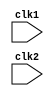
module pipe_MIPS32 (clk1, clk2); 
 input clk1, clk2; // Two-phase clock 
 reg [31:0] PC, IF_ID_IR, IF_ID_NPC; 
 reg [31:0] ID_EX_IR, ID_EX_NPC, ID_EX_A, ID_EX_B, ID_EX_Imm; 
 reg [2:0] ID_EX_type, EX_MEM_type, MEM_WB_type; 
 reg [31:0] EX_MEM_IR, EX_MEM_ALUOut, EX_MEM_B; 
 reg EX_MEM_cond; 
 reg [31:0] MEM_WB_IR, MEM_WB_ALUOut, MEM_WB_LMD; 
 reg [31:0] Reg [0:31]; // Register bank (32 x 32) 
 reg [31:0] Mem [0:1023]; // 1024 x 32 memory

 parameter ADD=6'b000000, SUB=6'b000001, AND=6'b000010, OR=6'b000011, 
 SLT=6'b000100, MUL=6'b000101, HLT=6'b111111, LW=6'b001000, 
 SW=6'b001001, ADDI=6'b001010, SUBI=6'b001011,SLTI=6'b001100, 
 BNEQZ=6'b001101, BEQZ=6'b001110;

parameter RR_ALU=3'b000, RM_ALU=3'b001, LOAD=3'b010, STORE=3'b011, 
 BRANCH=3'b100, HALT=3'b101;
 
 reg HALTED; 
 // Set after HLT instruction is completed (in WB stage)
 
 reg TAKEN_BRANCH; 
// Required to disable instructions after branch

always @(posedge clk1) // IF Stage 
 if (HALTED == 0) 
 begin 
 if (((EX_MEM_IR[31:26] == BEQZ) && (EX_MEM_cond == 1)) || 
 ((EX_MEM_IR[31:26] == BNEQZ) && (EX_MEM_cond == 0))) 
 begin 
 IF_ID_IR <= #2 Mem[EX_MEM_ALUOut]; 
 TAKEN_BRANCH <= #2 1'b1; 
 IF_ID_NPC <= #2 EX_MEM_ALUOut + 1; 
 PC <= #2 EX_MEM_ALUOut + 1; 
 end
 else 
 begin 
 IF_ID_IR <= #2 Mem[PC]; 
 IF_ID_NPC <= #2 PC + 1; 
 PC <= #2 PC + 1; 
 end 
 end


always @(posedge clk2) // ID Stage 
 if (HALTED == 0) 
 begin 
 if (IF_ID_IR[25:21] == 5'b00000) ID_EX_A <= 0; 
 else ID_EX_A <= #2 Reg[IF_ID_IR[25:21]]; // "rs" 
 if (IF_ID_IR[20:16] == 5'b00000) ID_EX_B <= 0; 
 else ID_EX_B <= #2 Reg[IF_ID_IR[20:16]]; // "rt" 
 ID_EX_NPC <= #2 IF_ID_NPC; 
 ID_EX_IR <= #2 IF_ID_IR; 
 ID_EX_Imm <= #2 {{16{IF_ID_IR[15]}}, {IF_ID_IR[15:0]}};

case (IF_ID_IR[31:26]) 
 ADD,SUB,AND,OR,SLT,MUL: ID_EX_type <= #2 RR_ALU; 
 ADDI,SUBI,SLTI: ID_EX_type <= #2 RM_ALU; 
 LW: ID_EX_type <= #2 LOAD; 
 SW: ID_EX_type <= #2 STORE; 
 BNEQZ,BEQZ: ID_EX_type <= #2 BRANCH; 
 HLT: ID_EX_type <= #2 HALT; 
 default: ID_EX_type <= #2 HALT; 
 // Invalid opcode
 endcase
 end



 always @(posedge clk1) // EX Stage 
 if (HALTED == 0) 
 begin 
 EX_MEM_type <= #2 ID_EX_type; 
 EX_MEM_IR <= #2 ID_EX_IR; 
 TAKEN_BRANCH <= #2 0; 
 case (ID_EX_type) 
 RR_ALU: begin 
 case (ID_EX_IR[31:26]) // "opcode" 
 ADD: EX_MEM_ALUOut <= #2 ID_EX_A + ID_EX_B; 
 SUB: EX_MEM_ALUOut <= #2 ID_EX_A - ID_EX_B; 
 AND: EX_MEM_ALUOut <= #2 ID_EX_A & ID_EX_B; 
 OR: EX_MEM_ALUOut <= #2 ID_EX_A | ID_EX_B; 
 SLT: EX_MEM_ALUOut <= #2 ID_EX_A < ID_EX_B; 
 MUL: EX_MEM_ALUOut <= #2 ID_EX_A * ID_EX_B; 
 default: EX_MEM_ALUOut <= #2 32'hxxxxxxxx; 
 endcase
 end


RM_ALU: begin 
 case (ID_EX_IR[31:26]) // "opcode" 
 ADDI: EX_MEM_ALUOut <= #2 ID_EX_A + ID_EX_Imm; 
 SUBI: EX_MEM_ALUOut <= #2 ID_EX_A - ID_EX_Imm; 
 SLTI: EX_MEM_ALUOut <= #2 ID_EX_A < ID_EX_Imm; 
 default: EX_MEM_ALUOut <= #2 32'hxxxxxxxx; 
 endcase
 end

LOAD, STORE: 
 begin 
 EX_MEM_ALUOut <= #2 ID_EX_A + ID_EX_Imm; 
 EX_MEM_B <= #2 ID_EX_B; 
 end
 BRANCH: begin 
 EX_MEM_ALUOut <= #2 ID_EX_NPC + ID_EX_Imm; 
EX_MEM_cond <= #2 (ID_EX_A == 0); 
 end 
 endcase
 end


always @(posedge clk2) // MEM Stage 
 if (HALTED == 0) 
 begin 
 MEM_WB_type <= EX_MEM_type; 
 MEM_WB_IR <= #2 EX_MEM_IR; 
 case (EX_MEM_type) 
 RR_ALU, RM_ALU: 
 MEM_WB_ALUOut <= #2 EX_MEM_ALUOut; 
 LOAD: MEM_WB_LMD <= #2 Mem[EX_MEM_ALUOut]; 
 STORE: if (TAKEN_BRANCH == 0) // Disable write 
 Mem[EX_MEM_ALUOut] <= #2 EX_MEM_B; 
 endcase
 end


always @(posedge clk1) // WB Stage 
 begin 
 if (TAKEN_BRANCH == 0) // Disable write if branch taken 
 case (MEM_WB_type) 
 RR_ALU: Reg[MEM_WB_IR[15:11]] <= #2 MEM_WB_ALUOut; // "rd" 
 RM_ALU: Reg[MEM_WB_IR[20:16]] <= #2 MEM_WB_ALUOut; // "rt" 
 LOAD: Reg[MEM_WB_IR[20:16]] <= #2 MEM_WB_LMD; // "rt" 
 HALT: HALTED <= #2 1'b1; 
 endcase
 end 
endmodule